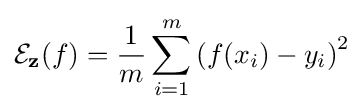
{\mathcal {E}}_{\mathbf {z} }(f)={\frac {1}{m}}\sum _{i=1}^{m}\left(f(x_{i})-y_{i}\right)^{2}